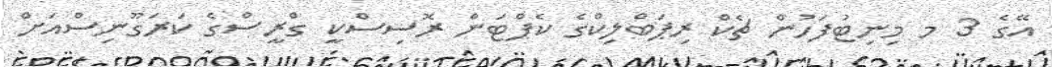
އޭގެ 3 މ މިނިޓުފަހުން ޗެކް ރިޕަބްލިކްގެ ކެޕްޓަން ރޮސިސްކީ ގްރީސްގެ ކަރަގޫނިސްއަށް